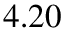
4 . 2 0